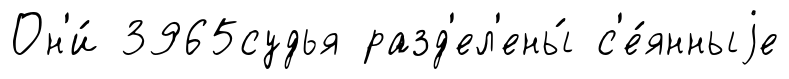
Он'и́ 3965судья разд'ел'ены́ с'е́янныjе